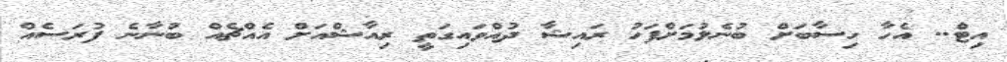
އިޓް.. އެހާ ހިސާބަށް ބުނެލުމަށްފަހު ރައިޝާ ދުއްވައިގަތީ ރިއާޝްއަށް އެއްޗެއް ބުނާނެ ފުރަސެއް